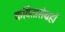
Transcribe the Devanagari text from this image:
कवितासंग्रहों